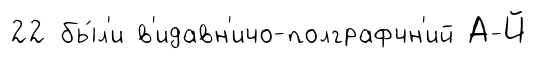
22 бы́л'и в'идавн'ичо-полграфчн'ий А-Й